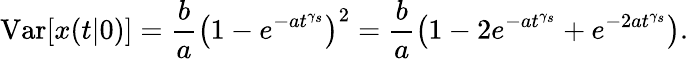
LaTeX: \mathrm{Var}[x(t|0)]=\frac{b}{a}\left(1-e^{-at^{\gamma_{s}}}\right)^{2}=\frac{b}{a}\left(1-2e^{-at^{\gamma_{s}}}+e^{-2at^{\gamma_{s}}}\right).